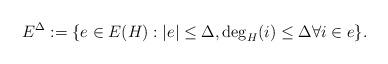
LaTeX: \begin{align*} E^\Delta := \{ e \in E(H): |e| \leq \Delta, \deg_H(i) \leq \Delta \forall i \in e \}.\end{align*}